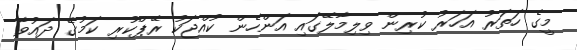
މީގެ ހަތަރު އަހަރު ކުރިން ވިލިމާލޭގައި އަންހެން ކުއްޖަކު ރޭޕްކުރި ކަމުގެ ދައުވާ